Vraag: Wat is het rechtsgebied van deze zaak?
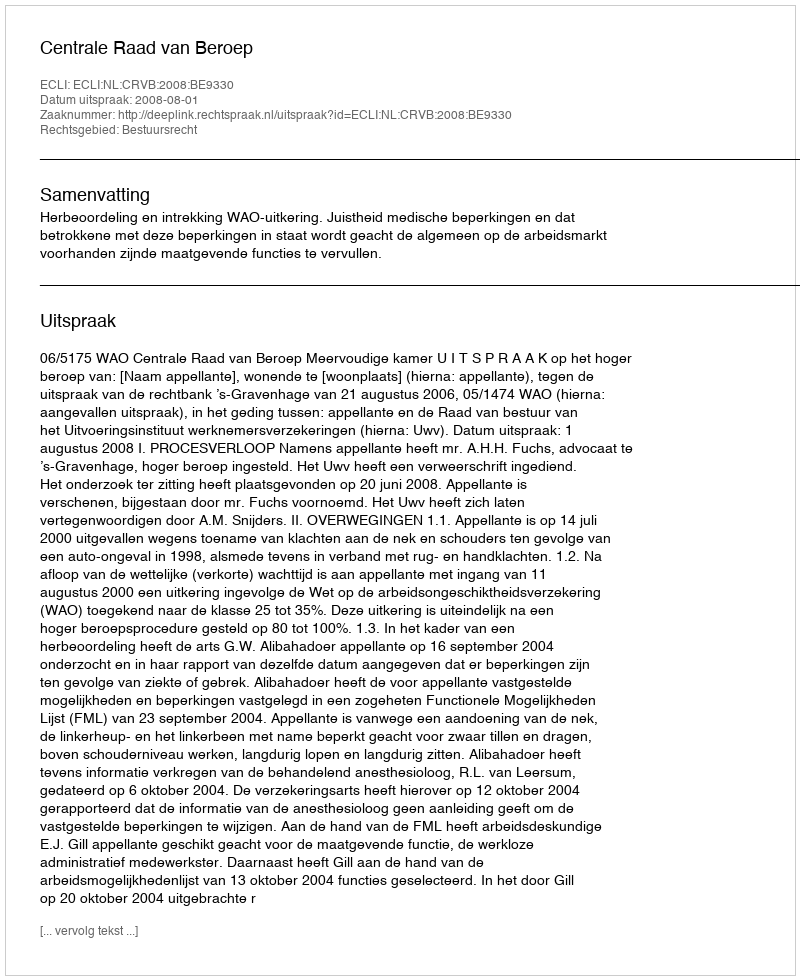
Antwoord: Bestuursrecht